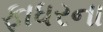
ફાધરના